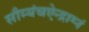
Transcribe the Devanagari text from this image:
सौम्यंचऐन्द्राग्नं